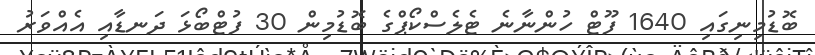
ބޮޑުމިނިގައި 1640 ފޫޓް ހުންނާނެ ޓެލެސްކޯޕްގެ ބޮޑުމިން 30 ފުޓްބޯޅަ ދަނޑާއި އެއްވަރު